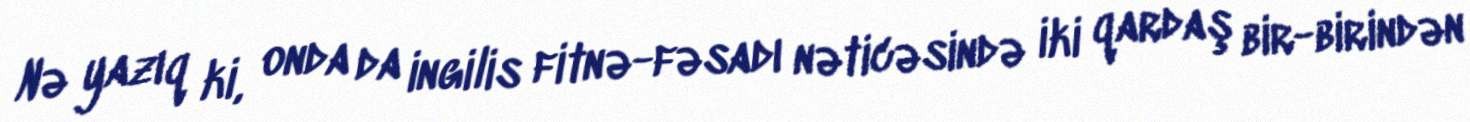
Nə yazıq ki, onda da ingilis fitnə-fəsadı nəticəsində iki qardaş bir-birindən